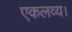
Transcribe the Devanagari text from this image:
एकलव्य।